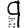
Digit: 9